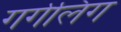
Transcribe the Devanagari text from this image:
गर्गलिंग